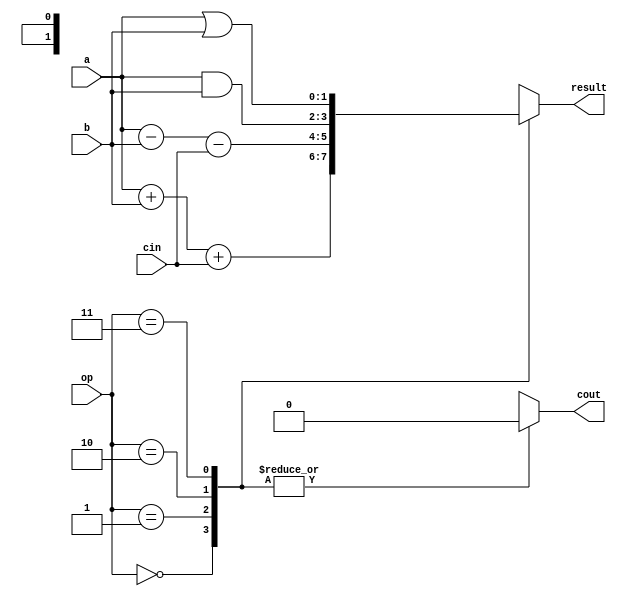
module ALU(
    input [1:0] op,
    input [1:0] a,
    input [1:0] b,
    input cin,
    output reg cout,
    output reg [1:0] result
);

always @(*) begin
    case(op)
        2'b00: result = a + b + cin;
        2'b01: result = a - b - cin;
        2'b10: result = a & b;
        2'b11: result = a | b;
        2'b100: result = a ^ b;
    endcase
end

always @(*) begin
    case(op)
        2'b00: cout = (result[2] == 1) ? 1 : 0;
        2'b01: cout = (result[2] == 1) ? 1 : 0;
        2'b10: cout = 0;
        2'b11: cout = 0;
        2'b100: cout = 0;
    endcase
end

endmodule